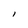
Character: l